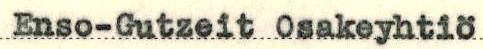
Enso-Gutzeit Osakeyhtiö